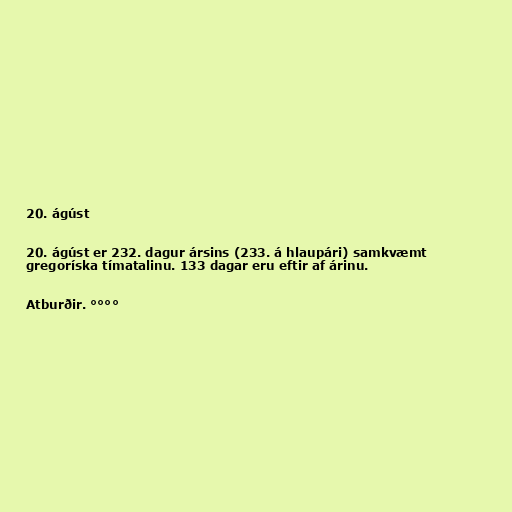
20. ágúst

20. ágúst er 232. dagur ársins (233. á hlaupári) samkvæmt
gregoríska tímatalinu. 133 dagar eru eftir af árinu.

Atburðir. °°°°